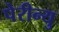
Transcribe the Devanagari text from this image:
पेरीन्यु